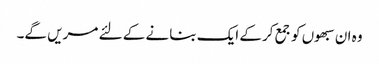
وہ ان سبھوں کو جمع کرکے ایک بنانے کے لئے مریں گے۔